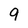
Character: 9